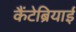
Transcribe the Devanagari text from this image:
कैंटेब्रियाई